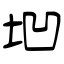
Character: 垇